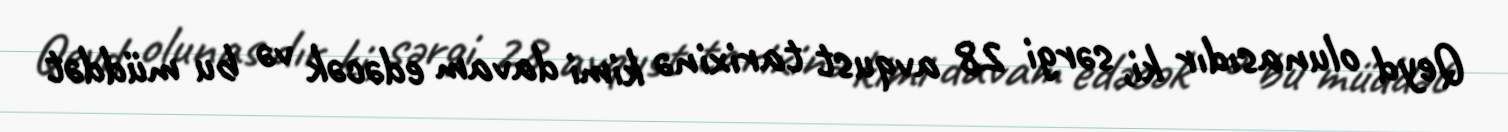
Qeyd olunasıdır ki, sərgi 28 avqust tarixinə kimi davam edəcək və bu müddət